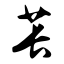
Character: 苌